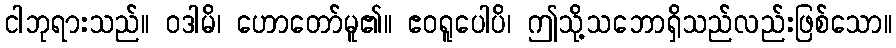
ငါဘုရားသည်။ ဝဒါမိ၊ ဟောတော်မူ၏။ ဧဝရူပေါပိ၊ ဤသို့သဘောရှိသည်လည်းဖြစ်သော။